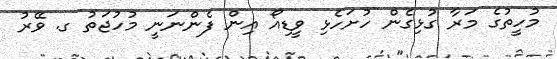
މުހީތުގެ މަރާ ގުޅިގެން ހުށަހެޅި ވީޑިއޯ އިން ފެންނަނީ މުހުޖަތު ގ. ވޭރު